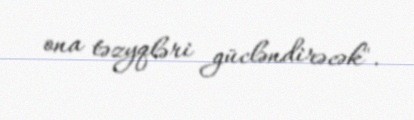
ona təzyqləri gücləndirəcək".